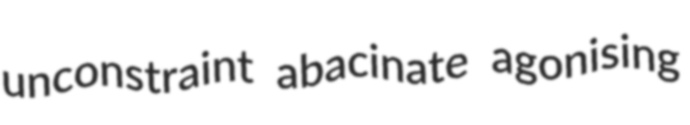
unconstraint abacinate agonising